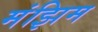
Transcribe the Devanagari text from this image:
मंझिम